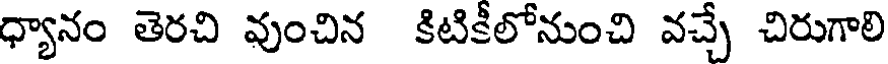
ధ్యానం తెరచి వుంచిన కిటికీలోనుంచి వచ్చే చిరుగాలి